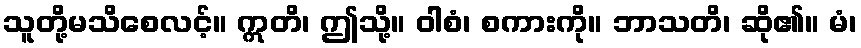
သူတို့မသိစေလင့်။ ဣတိ၊ ဤသို့။ ဝါစံ၊ စကားကို။ ဘာသတိ၊ ဆို၏။ မံ၊